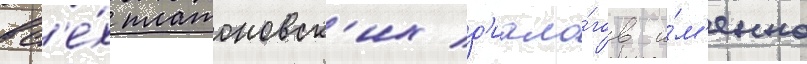
вс'е́х платоновск'их д'иало́гов и́м'енно